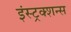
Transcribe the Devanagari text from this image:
इंस्ट्रक्शन्स